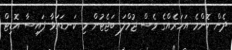
ދެން ކޮންމެ އަހަރެއްގެ ވެސް ޖުމްލަ ބަޖެޓުން މި ކަނޑައަޅާ ފައިސާ އޮޑިޓް